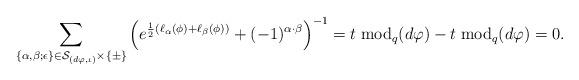
LaTeX: \begin{align*}\sum_{\{\alpha,\beta;\epsilon\}\in\mathcal{S}_{(d\varphi,\iota)}\times\{\pm\}}\left(e^{\frac{1}{2}(\ell_{\alpha}(\phi)+\ell_{\beta}(\phi))}+(-1)^{\alpha\cdot\beta}\right)^{-1}=t\;\mathrm{mod}_q(d\varphi)-t\;\mathrm{mod}_q(d\varphi)=0.\end{align*}